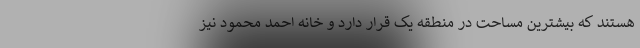
هستند که بیشترین مساحت در منطقه یک قرار دارد و خانه احمد محمود نیز